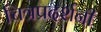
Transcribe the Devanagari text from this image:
चित्रप्रदर्शनी